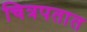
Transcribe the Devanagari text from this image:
चित्रपतात